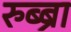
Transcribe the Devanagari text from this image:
रुब्ब्रा